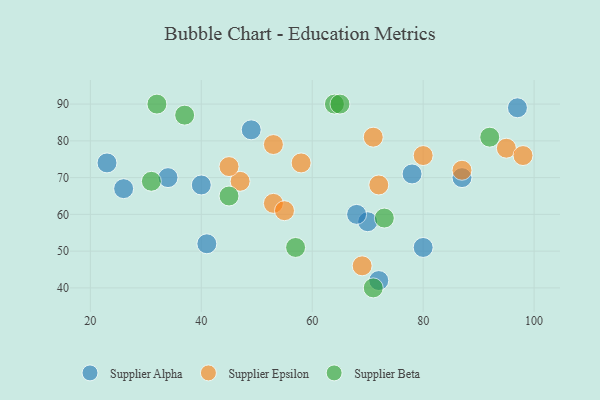
{"axis": {"x": "GDP", "y": "Life Expectancy"}, "legend": ["Supplier Alpha", "Supplier Beta", "Supplier Epsilon"], "data": [{"x": "49", "y": 83, "type": "Supplier Alpha"}, {"x": "78", "y": 71, "type": "Supplier Alpha"}, {"x": "80", "y": 51, "type": "Supplier Alpha"}, {"x": "87", "y": 70, "type": "Supplier Alpha"}, {"x": "23", "y": 74, "type": "Supplier Alpha"}, {"x": "70", "y": 58, "type": "Supplier Alpha"}, {"x": "97", "y": 89, "type": "Supplier Alpha"}, {"x": "41", "y": 52, "type": "Supplier Alpha"}, {"x": "26", "y": 67, "type": "Supplier Alpha"}, {"x": "68", "y": 60, "type": "Supplier Alpha"}, {"x": "40", "y": 68, "type": "Supplier Alpha"}, {"x": "34", "y": 70, "type": "Supplier Alpha"}, {"x": "72", "y": 42, "type": "Supplier Alpha"}, {"x": "47", "y": 69, "type": "Supplier Epsilon"}, {"x": "53", "y": 63, "type": "Supplier Epsilon"}, {"x": "95", "y": 78, "type": "Supplier Epsilon"}, {"x": "87", "y": 72, "type": "Supplier Epsilon"}, {"x": "69", "y": 46, "type": "Supplier Epsilon"}, {"x": "98", "y": 76, "type": "Supplier Epsilon"}, {"x": "72", "y": 68, "type": "Supplier Epsilon"}, {"x": "55", "y": 61, "type": "Supplier Epsilon"}, {"x": "80", "y": 76, "type": "Supplier Epsilon"}, {"x": "58", "y": 74, "type": "Supplier Epsilon"}, {"x": "45", "y": 73, "type": "Supplier Epsilon"}, {"x": "53", "y": 79, "type": "Supplier Epsilon"}, {"x": "71", "y": 81, "type": "Supplier Epsilon"}, {"x": "37", "y": 87, "type": "Supplier Beta"}, {"x": "57", "y": 51, "type": "Supplier Beta"}, {"x": "92", "y": 81, "type": "Supplier Beta"}, {"x": "73", "y": 59, "type": "Supplier Beta"}, {"x": "71", "y": 40, "type": "Supplier Beta"}, {"x": "31", "y": 69, "type": "Supplier Beta"}, {"x": "45", "y": 65, "type": "Supplier Beta"}, {"x": "64", "y": 90, "type": "Supplier Beta"}, {"x": "65", "y": 90, "type": "Supplier Beta"}, {"x": "32", "y": 90, "type": "Supplier Beta"}]}